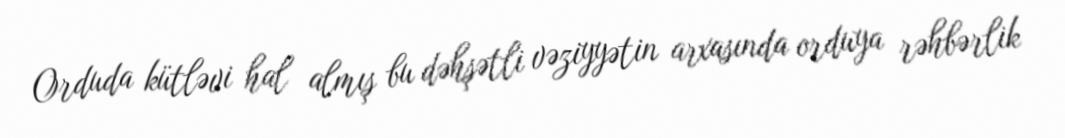
Orduda kütləvi hal almış bu dəhşətli vəziyyətin arxasında orduya rəhbərlik